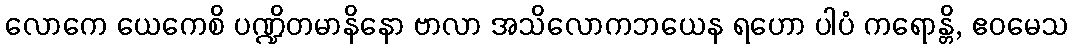
လောကေ ယေကေစိ ပဏ္ဍိတမာနိနော ဗာလာ အသိလောကဘယေန ရဟော ပါပံ ကရောန္တိ, ဧဝမေသ